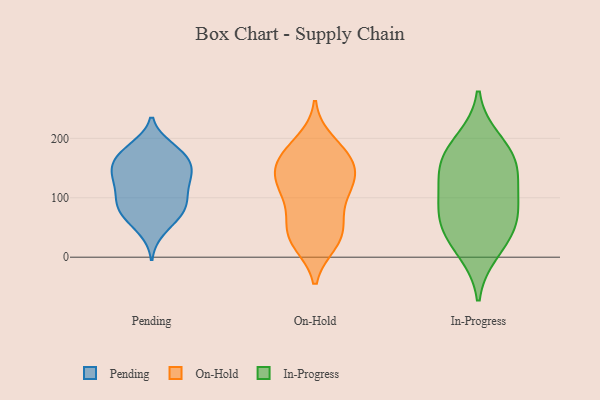
{"axis": {"x": "Humidity (%)", "y": "Value"}, "legend": ["In-Progress", "On-Hold", "Pending"], "data": [{"x": "", "y": 80, "type": "Pending"}, {"x": "", "y": 181, "type": "Pending"}, {"x": "", "y": 98, "type": "Pending"}, {"x": "", "y": 167, "type": "Pending"}, {"x": "", "y": 166, "type": "Pending"}, {"x": "", "y": 84, "type": "Pending"}, {"x": "", "y": 139, "type": "Pending"}, {"x": "", "y": 138, "type": "Pending"}, {"x": "", "y": 145, "type": "Pending"}, {"x": "", "y": 103, "type": "Pending"}, {"x": "", "y": 114, "type": "Pending"}, {"x": "", "y": 185, "type": "Pending"}, {"x": "", "y": 82, "type": "Pending"}, {"x": "", "y": 61, "type": "Pending"}, {"x": "", "y": 178, "type": "Pending"}, {"x": "", "y": 149, "type": "Pending"}, {"x": "", "y": 120, "type": "Pending"}, {"x": "", "y": 144, "type": "Pending"}, {"x": "", "y": 72, "type": "Pending"}, {"x": "", "y": 45, "type": "Pending"}, {"x": "", "y": 176, "type": "On-Hold"}, {"x": "", "y": 35, "type": "On-Hold"}, {"x": "", "y": 72, "type": "On-Hold"}, {"x": "", "y": 173, "type": "On-Hold"}, {"x": "", "y": 126, "type": "On-Hold"}, {"x": "", "y": 26, "type": "On-Hold"}, {"x": "", "y": 59, "type": "On-Hold"}, {"x": "", "y": 150, "type": "On-Hold"}, {"x": "", "y": 154, "type": "On-Hold"}, {"x": "", "y": 194, "type": "On-Hold"}, {"x": "", "y": 119, "type": "On-Hold"}, {"x": "", "y": 127, "type": "On-Hold"}, {"x": "", "y": 124, "type": "On-Hold"}, {"x": "", "y": 38, "type": "On-Hold"}, {"x": "", "y": 166, "type": "On-Hold"}, {"x": "", "y": 24, "type": "On-Hold"}, {"x": "", "y": 99, "type": "On-Hold"}, {"x": "", "y": 196, "type": "In-Progress"}, {"x": "", "y": 70, "type": "In-Progress"}, {"x": "", "y": 168, "type": "In-Progress"}, {"x": "", "y": 10, "type": "In-Progress"}, {"x": "", "y": 57, "type": "In-Progress"}, {"x": "", "y": 92, "type": "In-Progress"}, {"x": "", "y": 114, "type": "In-Progress"}, {"x": "", "y": 160, "type": "In-Progress"}, {"x": "", "y": 147, "type": "In-Progress"}, {"x": "", "y": 37, "type": "In-Progress"}]}